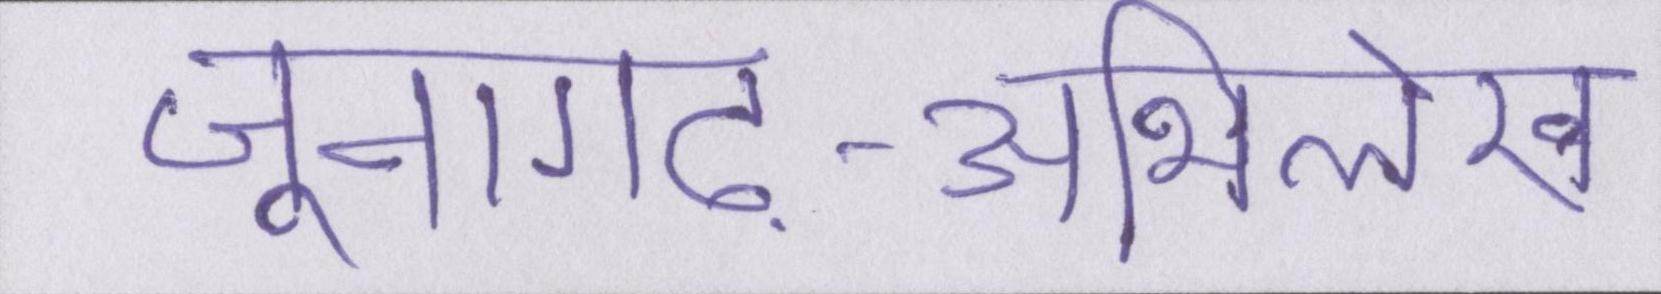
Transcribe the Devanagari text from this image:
जूनागढ़-अभिलेख